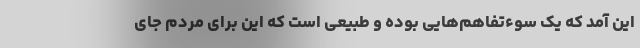
این آمد که یک سوء‌تفاهم‌هایی بوده و طبیعی است که این برای مردم جای